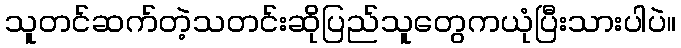
သူတင်ဆက်တဲ့သတင်းဆိုပြည်သူတွေကယုံပြီးသားပါပဲ။